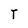
Character: T